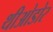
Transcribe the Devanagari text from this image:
थीओडोर